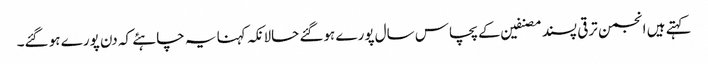
کہتے ہیں انجمن ترقی پسند مصنفین کے پچاس سال پورے ہوگئے حالانکہ کہنا یہ چاہئے کہ دن پورے ہو گئے۔